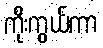
ကိုးကွယ်ကာ